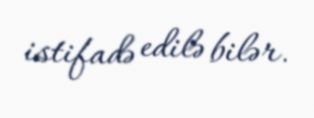
istifadə edilə bilər.